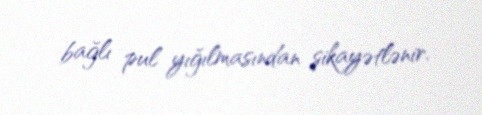
bağlı pul yığılmasından şikayətlənir.